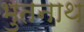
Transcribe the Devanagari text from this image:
भुतनाथ